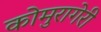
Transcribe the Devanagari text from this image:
कोमुरागेरी